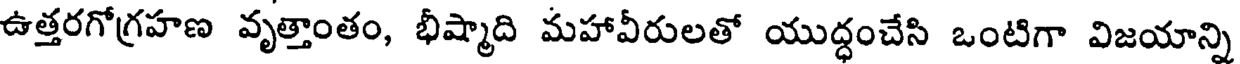
ఉత్తరగోగ్రహణ వృత్తాంతం, భీష్మాది మహావీరులతో యుద్ధంచేసి ఒంటిగా విజయాన్ని